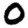
Digit: 0